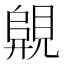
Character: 𧡦